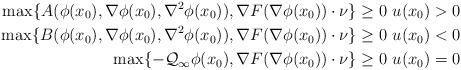
LaTeX: \begin{align*}\max\{A(\phi(x_0), \nabla\phi(x_0), \nabla^2 \phi(x_0)), \nabla F (\nabla \phi(x_0) )\cdot\nu\}\ge 0 \ u(x_0)>0\\\max\{B(\phi(x_0), \nabla\phi(x_0), \nabla^2 \phi(x_0)), \nabla F (\nabla \phi(x_0) )\cdot\nu\}\ge 0 \ u(x_0)<0\\\max\{-\mathcal{Q}_\infty \phi(x_0), \nabla F (\nabla \phi(x_0) )\cdot\nu \}\ge0 \ u(x_0)=0\end{align*}